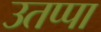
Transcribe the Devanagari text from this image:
उतप्पा